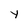
Character: Y